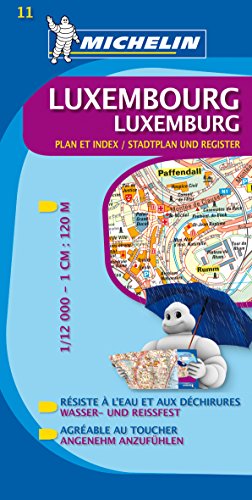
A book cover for Luxembourg City Plan (Michelin City Plans); Travel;